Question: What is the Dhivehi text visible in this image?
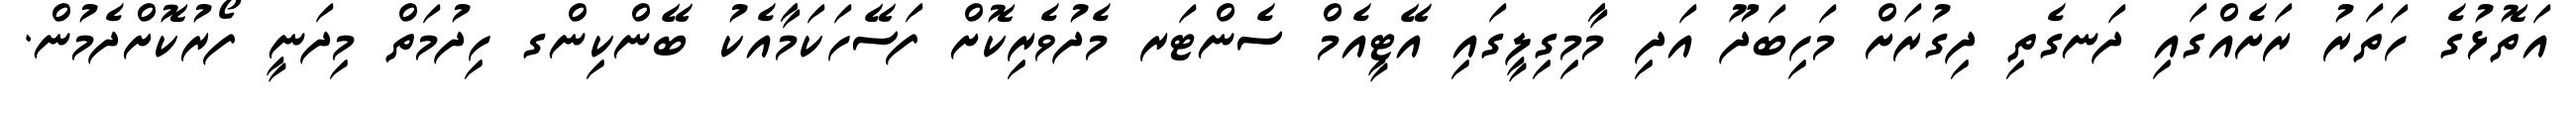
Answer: އަތޮޅުގެ ހަތަރު ރަށެއްގައި ދަނގެތި ދިގުރަށް މަހިބަދޫ އަދި މާމިގިލީގައި އޭޓީއެމް ސެންޓަރ މެދުވެރިކޮށް ފަސޭހަކަމާއެކު ބޭންކިންގ ހިދުމަތް މިދަނީ ފޯރުކޮށްދެމުން.